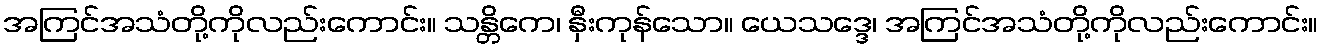
အကြင်အသံတို့ကိုလည်းကောင်း။ သန္တိကေ၊ နှီးကုန်သော။ ယေသဒ္ဒေ၊ အကြင်အသံတို့ကိုလည်းကောင်း။